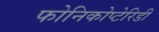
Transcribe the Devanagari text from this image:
फोनिकोप्टेरिडी